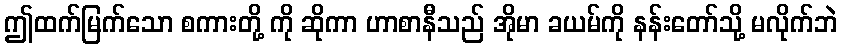
ဤထက်မြက်သော စကားတို့ ကို ဆိုကာ ဟာစာနီသည် အိုမာ ခယမ်ကို နန်းတော်သို့ မလိုက်ဘဲ